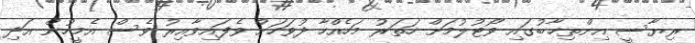
ރިޔާސީ އިންތިޚާބުގައި ވޯޓުލުމަށް ހަތަރު މަހެއްހާ ދުވަހަށް ވެފައިވާއިރު ވެސް އެމީހުން އަދި